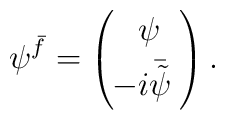
\psi^{\bar f}=\left(\begin{array}{c}\psi\!\\[1mm] \!\!\!-i\bar{\tilde\psi}\!\end{array}\right).